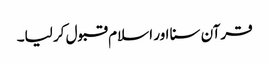
قرآن سنا اور اسلام قبول کر لیا۔